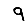
Digit: 9